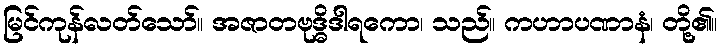
မြင်ကုန်လတ်သော်။ အဇာတဗုဒ္ဓိဒါရကော၊ သည်။ ကဟာပဏာနံ၊ တို့၏။